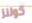
كولنز